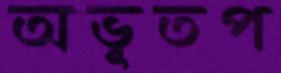
অভূতপ